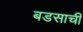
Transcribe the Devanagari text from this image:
बडसाची